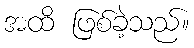
အထိ ဖြစ်ခဲ့သည်။